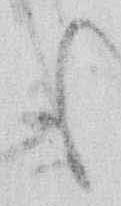
も